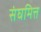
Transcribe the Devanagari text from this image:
संघमित्त